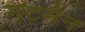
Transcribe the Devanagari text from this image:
गटमैन